Indian journal of veterinary science and animal husbandry - Volumes 15-17, 1948-1951
Year: 1948
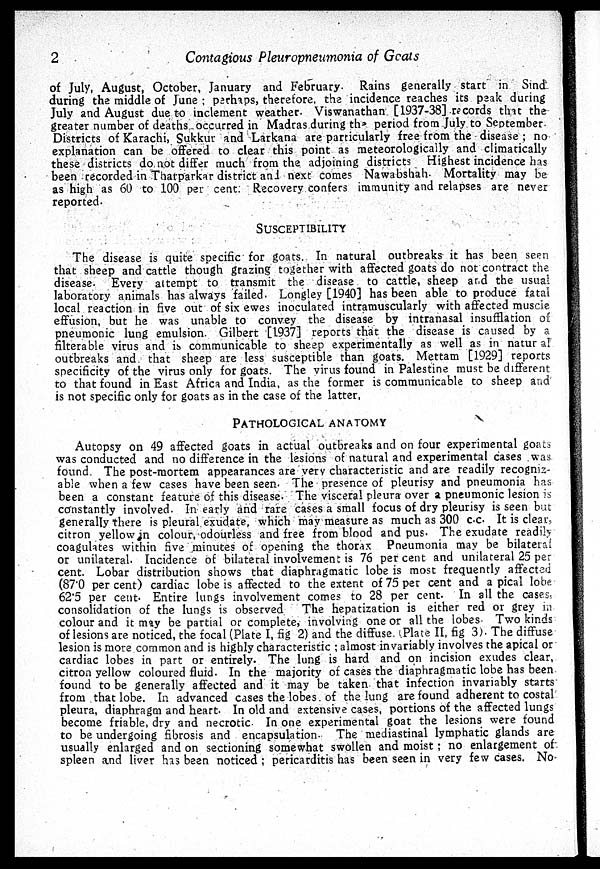
2
Contagious Pleuropneumonia of Goats
of July, August, October, January and February. Rains generally start in Sind
during the middle of June; parhaps, therefore, the incidence reaches its peak during
July and August due to inclement weather. Viswanathan [1937-38] records that the
greater number of deaths occurred in Madras during the period from July to September.
Districts of Karachi, Sukkur and Larkana are particularly free from the disease; no
explanation can be offered to clear this point as meteorologically and climatically
these districts do not differ much from the adjoining districts Highest incidence has
been recorded in Thatparkar district and next comes Nawabshah. Mortality may be
as high as 60 to 100 per cent. Recovery confers immunity and relapses are never
reported.
SUSCEPTIBILITY
The disease is quite specific for goats. In natural outbreaks it has been seen
that sheep and cattle though grazing together with affected goats do not contract the
disease. Every attempt to transmit the disease to cattle, sheep and the usual
laboratory animals has always failed. Longley [1940] has been able to produce fatal
local reaction in five out of six ewes inoculated intramuscularly with affected muscle
effusion, but he was unable to convey the disease by intranasal insufflation of
pneumonic lung emulsion. Gilbert [1937] reports that the disease is caused by a
filterable virus and is communicable to sheep experimentally as well as in natur al
outbreaks and that sheep are less susceptible than goats. Mettam [1929] reports
specificity of the virus only for goats. The virus found in Palestine must be different
to that found in East Africa and India, as the former is communicable to sheep and
is not specific only for goats as in the case of the latter,
PATHOLOGICAL ANATOMY
Autopsy on 49 affected goats in actual outbreaks and on four experimental goats
was conducted and no difference in the lesions of natural and experimental cases was
found. The post-mortem appearances are very characteristic and are readily recogniz-
able when a few cases have been seen. The presence of pleurisy and pneumonia has
been a constant feature of this disease. The visceral pleura over a pneumonic lesion is
constantly involved. In early and rare cases a small focus of dry pleurisy is seen but
generally there is pleural exudate, which may measure as much as 300 c.c. It is clear,
citron yellow in colour, odourless and free from blood and pus. The exudate readily
coagulates within five minutes of opening the thorax Pneumonia may be bilateral
or unilateral. Incidence of bilateral involvement is 76 per cent and unilateral 25 per
cent. Lobar distribution shows that diaphragmatic lobe is most frequently affected
(87.0 per cent) cardiac lobe is affected to the extent of 75 per cent and a pical lobe
62.5 per cent. Entire lungs involvement comes to 28 per cent. In all the cases,
consolidation of the lungs is observed
The hepatization is either red or grey in
colour and it may be partial or complete, involving one or all the lobes. Two kinds
of lesions are noticed, the focal (Plate I, fig 2) and the diffuse. (Plate II, fig 3). The diffuse
lesion is more common and is highly characteristic; almost invariably involves the apical or
cardiac lobes in part or entirely. The lung is hard and on incision exudes clear,
citron yellow coloured fluid. In the majority of cases the diaphragmatic lobe has been
found to be generally affected and it may be taken that infection invariably starts
from that lobe. In advanced cases the lobes of the lung are found adherent to costal
pleura, diaphragm and heart. In old and extensive cases, portions of the affected lungs
become friable, dry and necrotic. In one experimental goat the lesions were found
to be undergoing fibrosis and encapsulation. The mediastinal lymphatic glands are
usually enlarged and on sectioning somewhat swollen and moist; no enlargement of
spleen and liver has been noticed; pericarditis has been seen in very few cases. No